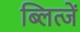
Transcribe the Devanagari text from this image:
ब्लित्जें